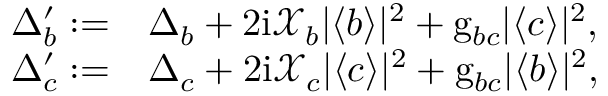
\begin{array} { r l } { \Delta _ { b } ^ { \prime } : = } & { \Delta _ { b } + 2 \mathrm { i } \mathcal { X } _ { b } | \langle b \rangle | ^ { 2 } + \mathrm { g } _ { b c } | \langle c \rangle | ^ { 2 } , } \\ { \Delta _ { c } ^ { \prime } : = } & { \Delta _ { c } + 2 \mathrm { i } \mathcal { X } _ { c } | \langle c \rangle | ^ { 2 } + \mathrm { g } _ { b c } | \langle b \rangle | ^ { 2 } , } \end{array}